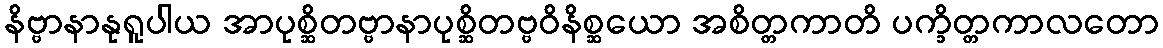
နိဗ္ဗာနာနုရူပါယ အာပုစ္ဆိတဗ္ဗာနာပုစ္ဆိတဗ္ဗဝိနိစ္ဆယော အစိတ္တကာတိ ပက္ခိတ္တကာလတော